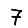
Digit: 7